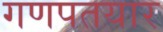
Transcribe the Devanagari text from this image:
गणपतयार